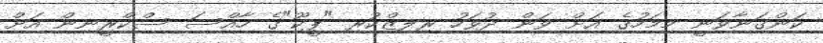
ކަންގަނާވަނީ މިމަހުގެ އަށް ވަން ދުވަހު ރިލިޒްކުރި "ޕީކޫ"ގެ ހާއްސަ ސްކްރީނިން އަށް